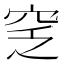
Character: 窆